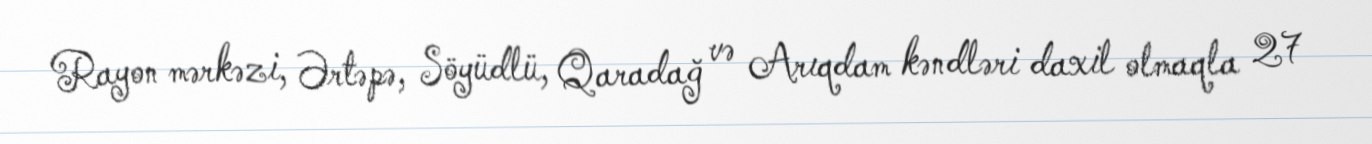
Rayon mərkəzi, Ərtəpə, Söyüdlü, Qaradağ və Arıqdam kəndləri daxil olmaqla 27